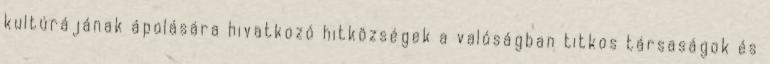
kultúrájának ápolására hivatkozó hitközségek a valóságban titkos társaságok és